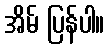
အိမ် ပြန်ပါ။